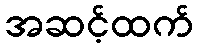
အဆင့်ထက်